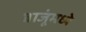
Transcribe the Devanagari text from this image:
बाजूंमध्ये